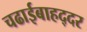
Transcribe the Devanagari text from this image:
चढाईबाहद्दर